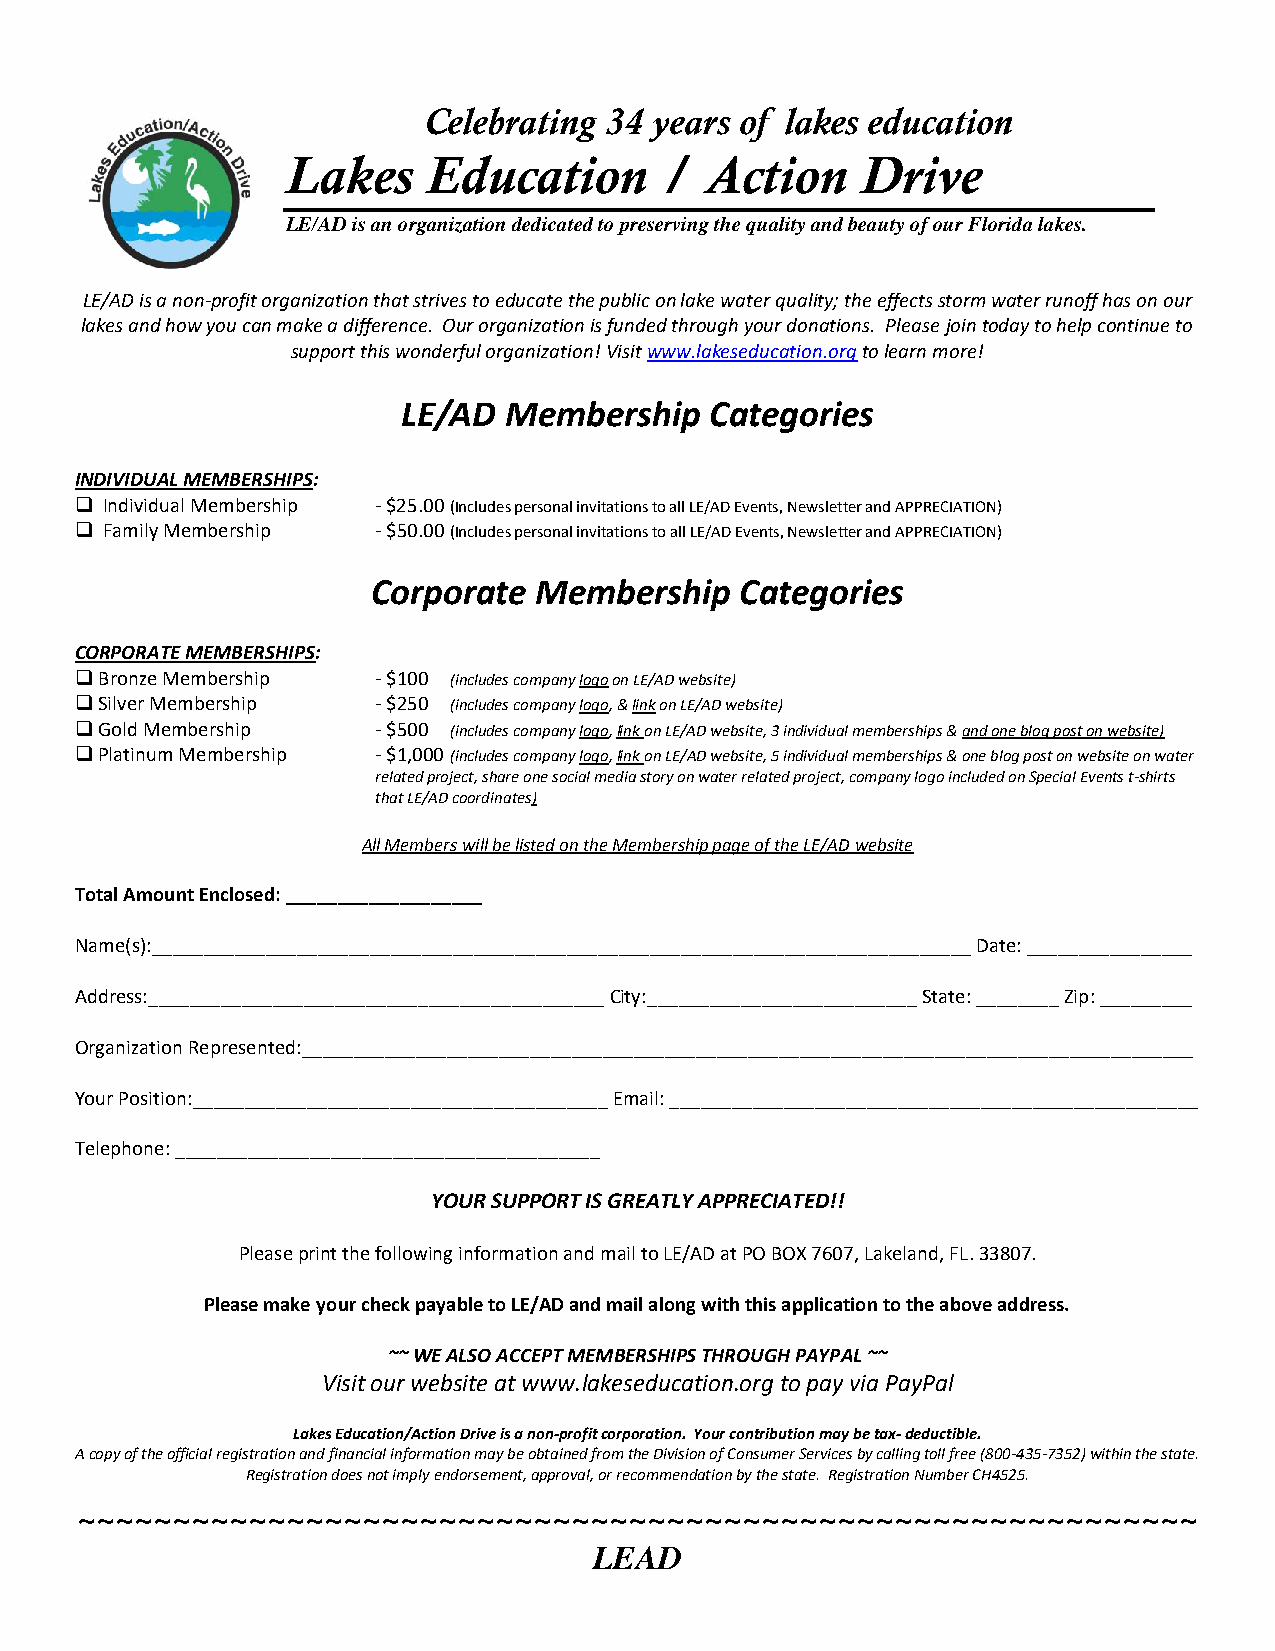
Celebrating 34 years of lakes education
 Lakes    Education       /  Action    Drive
 LE/AD is an organization dedicated to preserving the quality and beauty of our Florida lakes.
 LE/AD is a non-profit organization that strives to educate the public on lake water quality; the effects storm water runoff has on our
 lakes and how you can make a difference. Our organization is funded through your donations. Please join today to help continue to
 support this wonderful organization! Visit www.lakeseducation.org to learn more!
 LE/AD Membership    Categories
 INDIVIDUAL MEMBERSHIPS:
 ❑ Individual Membership - $25.00 (Includes personal invitations to all LE/AD Events, Newsletter and APPRECIATION)
 ❑ Family Membership - $50.00 (Includes personal invitations to all LE/AD Events, Newsletter and APPRECIATION)
 Corporate Membership    Categories
 CORPORATE MEMBERSHIPS:
 ❑ Bronze Membership - $100 (includes company logo on LE/AD website)
 ❑ Silver Membership - $250 (includes company logo, & link on LE/AD website)
 ❑ Gold Membership   - $500 (includes company logo, link on LE/AD website, 3 individual memberships & and one blog post on website)
 ❑ Platinum Membership - $1,000 (includes company logo, link on LE/AD website, 5 individual memberships & one blog post on website on water
 related project, share one social media story on water related project, company logo included on Special Events t-shirts
 that LE/AD coordinates)
 All Members will be listed on the Membership page of the LE/AD website
 Total Amount Enclosed: ___________________
 Name(s):_______________________________________________________________________________ Date: ________________
 Address:____________________________________________ City:__________________________ State: ________ Zip: _________
 Organization Represented:______________________________________________________________________________________
 Your Position:________________________________________ Email: ___________________________________________________
 Telephone: _________________________________________
 YOUR SUPPORT IS GREATLY APPRECIATED!!
 Please print the following information and mail to LE/AD at PO BOX 7607, Lakeland, FL. 33807.
 Please make your check payable to LE/AD and mail along with this application to the above address.
 ~~ WE ALSO ACCEPT MEMBERSHIPS THROUGH PAYPAL ~~
 Visit our website at www.lakeseducation.org to pay via PayPal
 Lakes Education/Action Drive is a non-profit corporation. Your contribution may be tax- deductible.
 A copy of the official registration and financial information may be obtained from the Division of Consumer Services by calling toll free (800-435-7352) within the state.
 Registration does not imply endorsement, approval, or recommendation by the state. Registration Number CH4525.
 ~~~~~~~~~~~~~~~~~~~~~~~~~~~~~~~~~~~~~~~~~~~~~~~~~~~~~~~~~~~
 LEAD